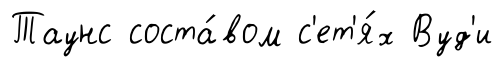
Таунс соста́вом с'ет'я́х Вуд'и